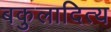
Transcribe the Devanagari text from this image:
बकुलादित्य